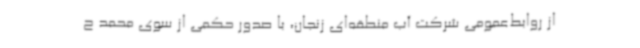
از روابط‌عمومی شرکت آب منطقه‌ای زنجان، با صدور حکمی از سوی محمد ح